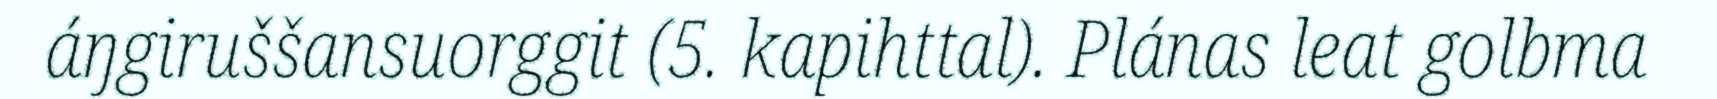
áŋgiruššansuorggit (5. kapihttal). Plánas leat golbma